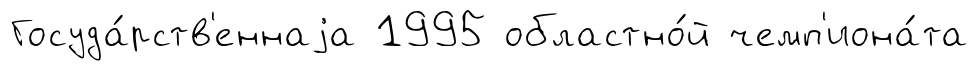
Госуда́рств'еннаjа 1995 областно́й чемп'иона́та